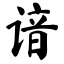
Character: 谙